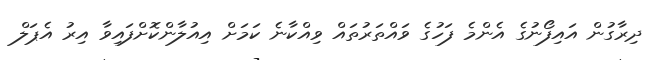
ދިރާގުން އައިފޯނުގެ އެންމެ ފަހުގެ ވައްތަރުތައް ވިއްކާނެ ކަަމަށް އިއުލާންކޮށްފައިވާ އިރު އެޕަލް